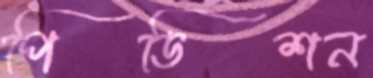
পিডিশন